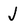
Character: J